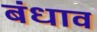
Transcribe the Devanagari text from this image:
बंधाव